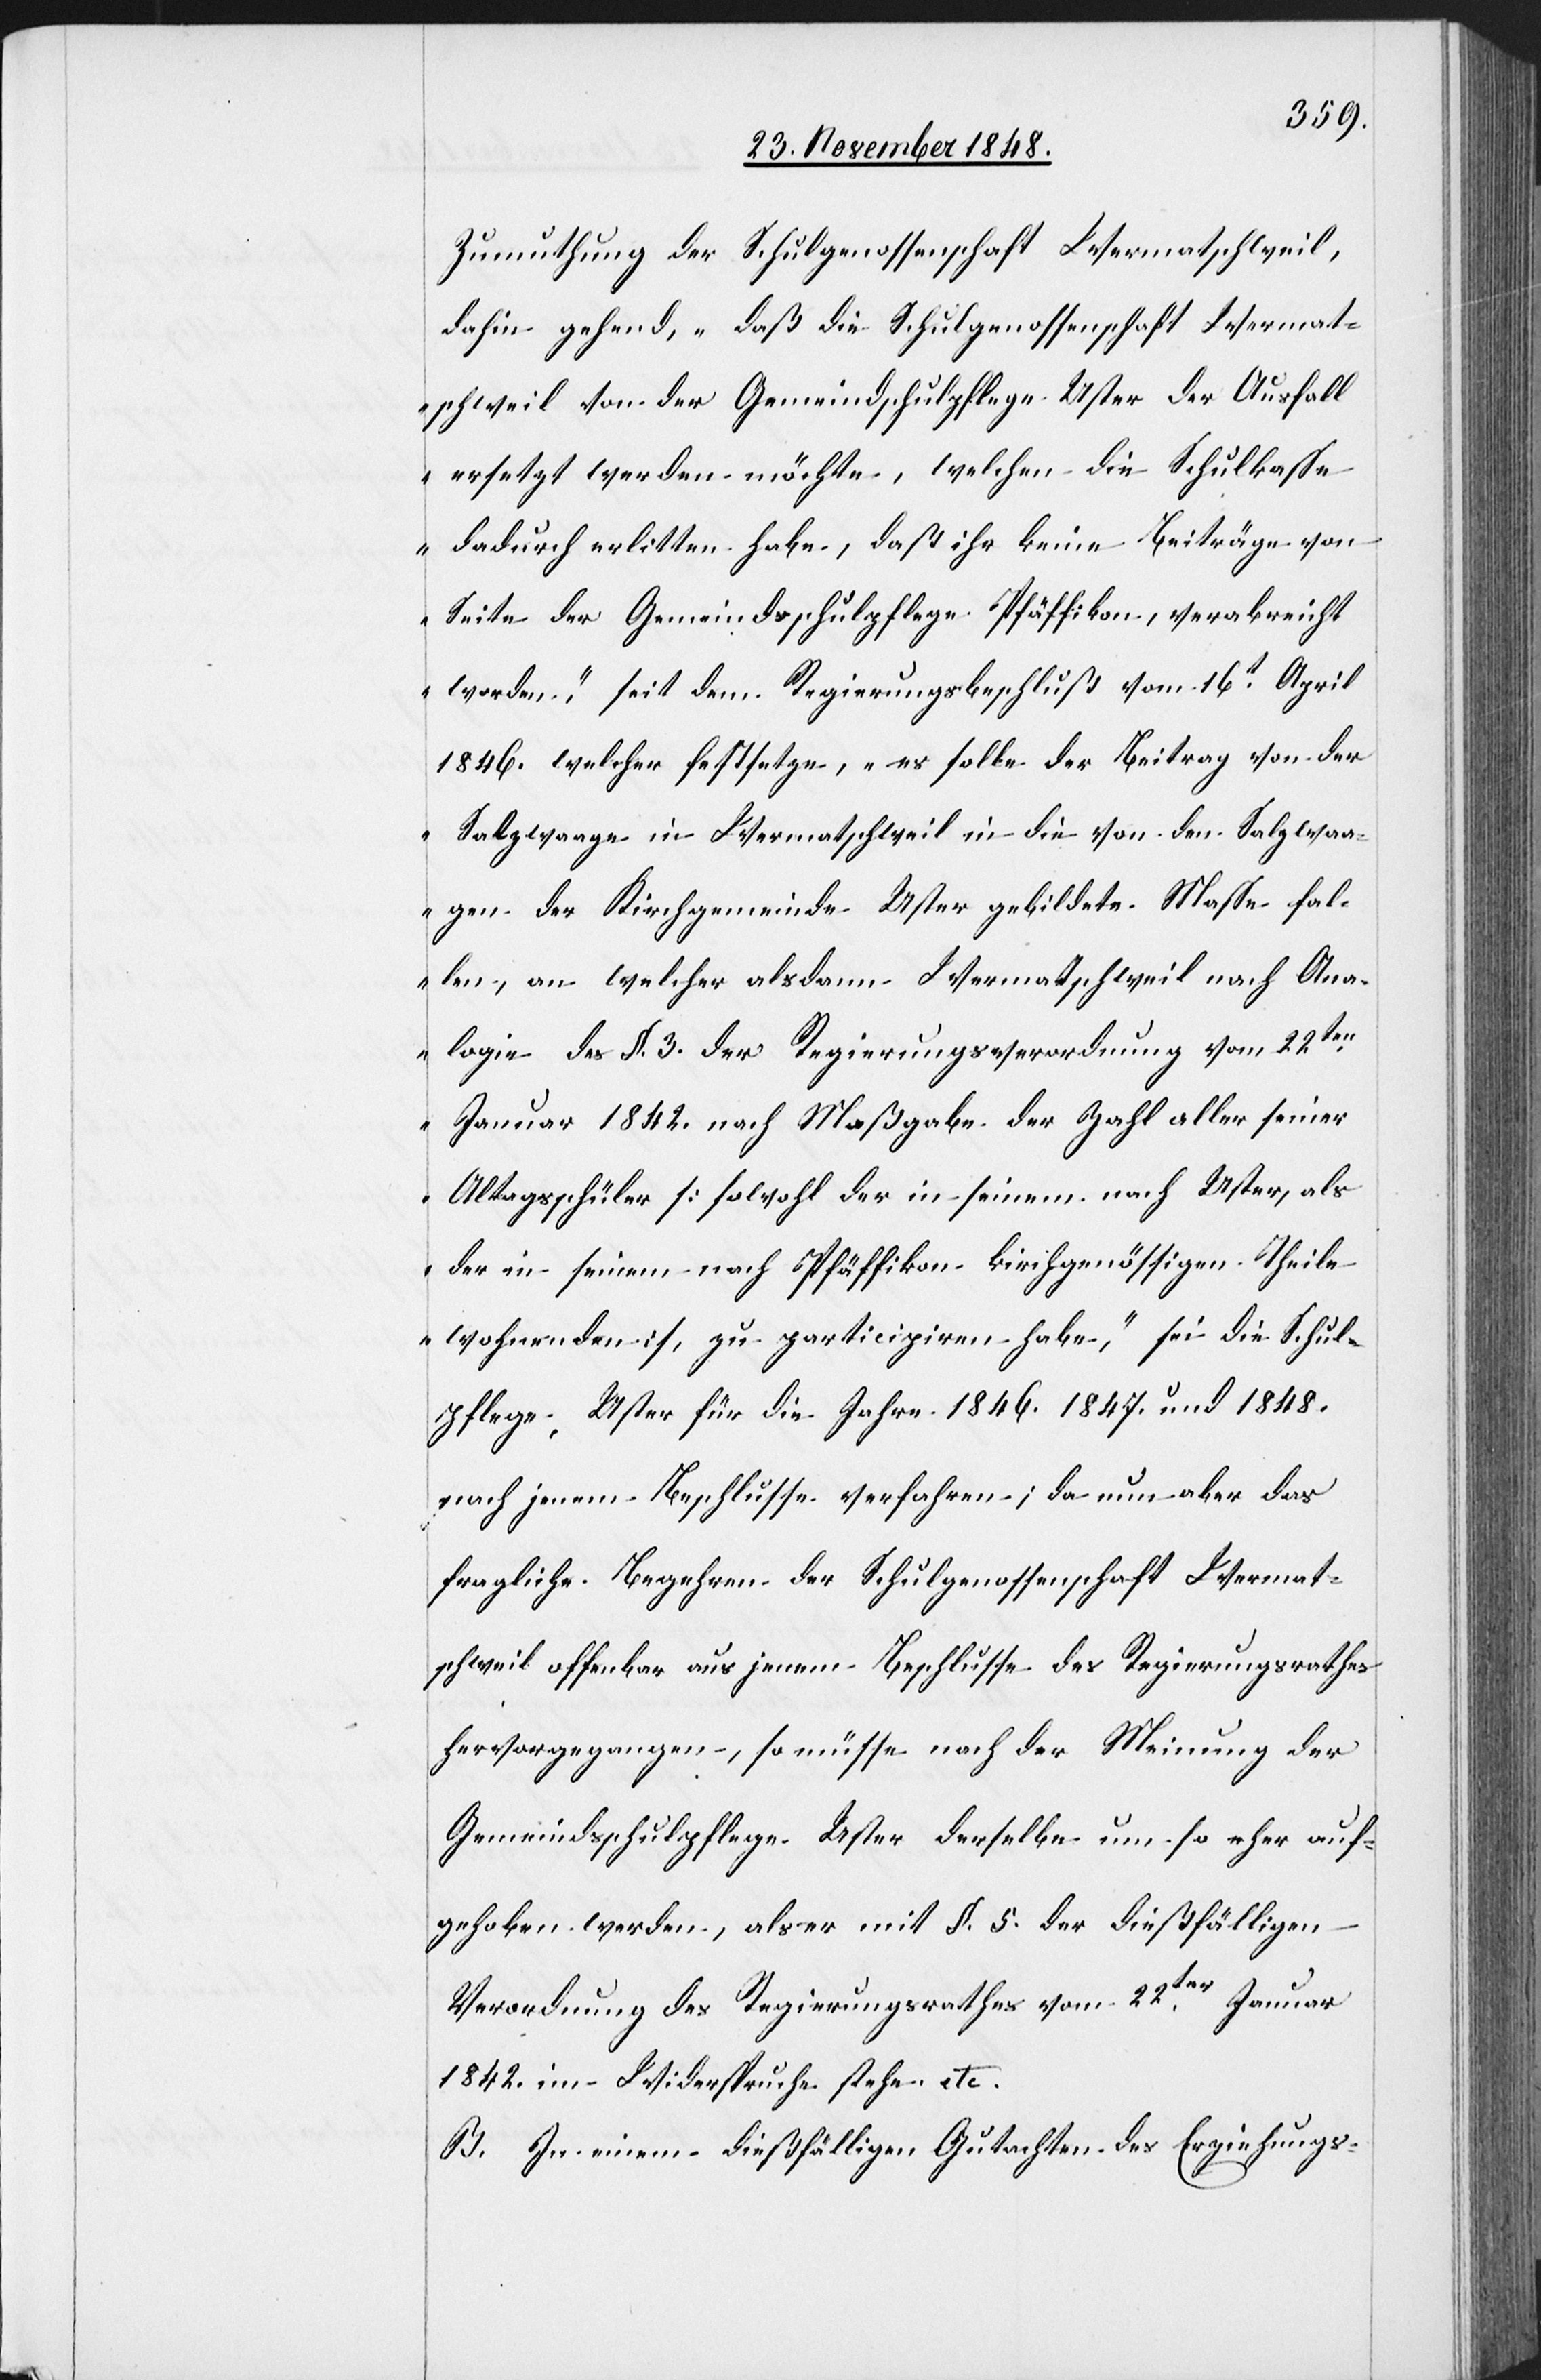
Zumuthung der Schulgenossenschaft Wermatschweil,
dahin gehend, „daß die Schulgenossenschaft Wermat¬
schweil von der Gemeindschulpflege Uster der Ausfall
ersetzt werden möchte, welchen die Schulkasse
dadurch erlitten habe, daß ihr keine Beiträge von
Seite der Gemeindsschulpflege Pfäffikon, verabreicht
worden“, seit dem Regierungsbeschluß vom 16t April
1846. welcher festsetze, „es solle der Beitrag von der
Salzwaage in Wermatschweil in die von den Salzwaa¬
gen der Kirchgemeinde Uster gebildete Masse fal¬
len, an welcher alsdann Wermatschweil nach Ana¬
logie des §. 3. der Regierungsverordnung vom 22ten
Januar 1842. nach Maßgabe der Zahl aller seiner
Altagsschüler [sowohl der in seinem nach Uster, als
der in seinem nach Pfäffikon kirchgenössigen Theile
wohnenden], zu participiren habe“, sei die Schul¬
pflege Uster für die Jahre 1846. 1847. und 1848.
nach jenem Beschlusse verfahren; da nun aber das
fragliche Begehren der Schulgenossenschaft Wermat¬
schweil offenbar aus jenem Beschlusse des Regierungsrathes
hervorgegangen, so müsse nach der Meinung der
Gemeindsschulpflege Uster derselbe um so eher auf¬
gehoben werden, als er mit §. 5. der dießfälligen
Verordnung des Regierungsrathes vom 22ten Januar
1842. im Widerspruche stehe etc.
B. In einem dießfälligen Gutachten des Erziehungs-